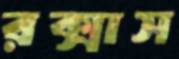
রক্সাস